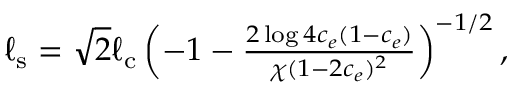
\begin{array} { r } { \ell _ { \mathrm { s } } = \sqrt { 2 } \ell _ { \mathrm { c } } \left( - 1 - \frac { 2 \log { 4 c _ { e } ( 1 - c _ { e } ) } } { \chi ( 1 - 2 c _ { e } ) ^ { 2 } } \right) ^ { - 1 / 2 } , } \end{array}